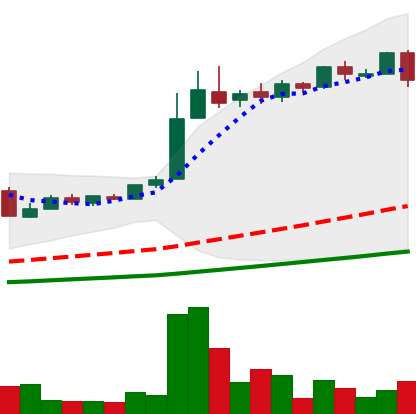
Ticker: LTC-USD
Chart end date: 2016-06-07
Forward return: 11.797%
Label: up_7plus